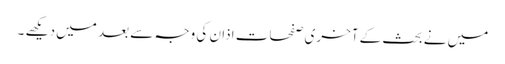
میں نے بحث کے آخری صفحات اذان کی وجہ سے بعد میں دیکھے ۔